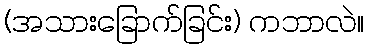
(အသားခြောက်ခြင်း) ကဘာလဲ။